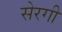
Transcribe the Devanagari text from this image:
सेरगी